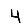
Digit: 4